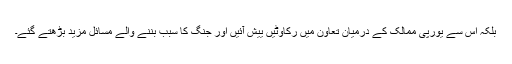
بلکہ اس سے یورپی ممالک کے درمیان تعاون میں رکاوٹیں ییش آئيں اور جنگ کا سبب بننے والے مسائل مزيد بڑھتے گئے۔